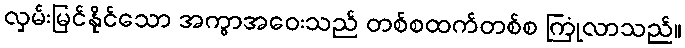
လှမ်းမြင်နိုင်သော အကွာအဝေးသည် တစ်စထက်တစ်စ ကြုံလာသည်။